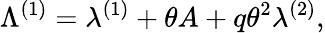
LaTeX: \Lambda^{(1)}=\lambda^{(1)}+\theta A+q\theta^{2}\lambda^{(2)},